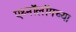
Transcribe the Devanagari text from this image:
एथ्नॉलॉगच्या